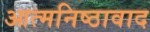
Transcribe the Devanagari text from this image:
आत्मनिष्ठावाद